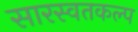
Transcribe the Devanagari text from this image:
सारस्वतकल्प